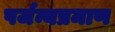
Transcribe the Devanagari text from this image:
पर्जन्यप्रमाण